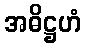
အဓိဋ္ဌဟံ